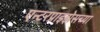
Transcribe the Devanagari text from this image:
एन्टरप्राइझेसच्या